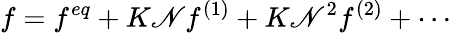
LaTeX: f=f^{eq}+K\mathscr{N}f^{(1)}+K\mathscr{N}^{2}f^{(2)}+\cdots